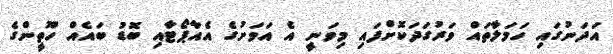
އަދަނުގައި ހަމަލާތައް ވަރުގަދަކޮށްފައި މިވަނީ އެ އަވަށުގެ އެއާޕޯޓާއި ބޮޑު ބައެއް ހޫތީންގެ